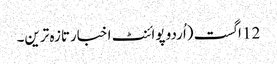
12 اگست (اُردو پوائنٹ اخبارتازہ ترین۔